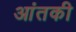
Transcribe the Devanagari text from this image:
आंतकी